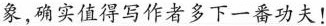
象,确实值得写作者多下一番功夫!